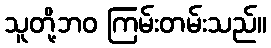
သူတို့ဘဝ ကြမ်းတမ်းသည်။